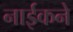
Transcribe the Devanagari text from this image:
नाईकने